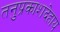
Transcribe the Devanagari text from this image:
तनुप्रकाशदेहाय